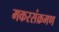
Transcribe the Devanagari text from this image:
मकरसंक्रमण